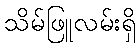
သိမ်ဖြူလမ်းရှိ